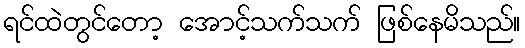
ရင်ထဲတွင်တော့ အောင့်သက်သက် ဖြစ်နေမိသည်။